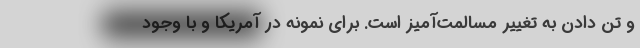
و تن دادن به تغییر مسالمت‌آمیز است. برای نمونه در آمریکا و با وجود